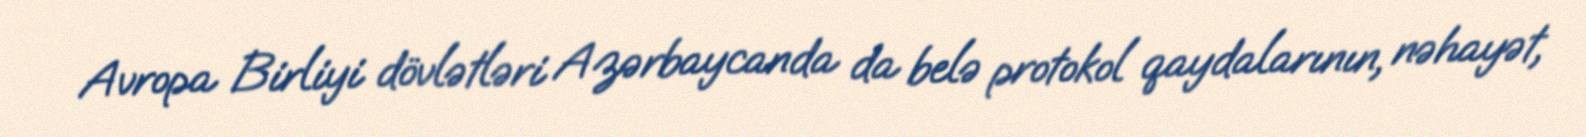
Avropa Birliyi dövlətləri Azərbaycanda da belə protokol qaydalarının, nəhayət,